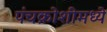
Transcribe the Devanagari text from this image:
पंचक्रोशीमध्ये